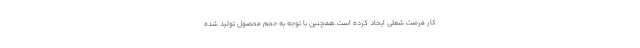
کار فرصت شغلی ایجاد کرده است.همچنین با توجه به حجم محصول تولید شده